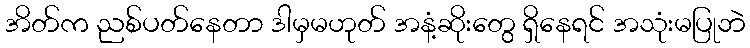
အိတ်က ညစ်ပတ်နေတာ ဒါမှမဟုတ် အနံ့ဆိုးတွေ ရှိနေရင် အသုံးမပြုဘဲ